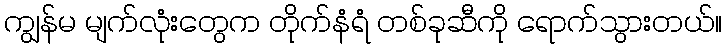
ကျွန်မ မျက်လုံးတွေက တိုက်နံရံ တစ်ခုဆီကို ရောက်သွားတယ်။